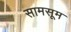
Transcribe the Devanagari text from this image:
सामसूम